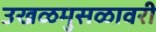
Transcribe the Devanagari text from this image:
उखळमुसळावरी